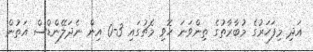
އަދި މިފަހަރުގެ މުބާރާތުގެ ތިންވަނަ ހޮވި މެޗުގައި 3-0 އިން ނެދަލޭންޑްސް އަތުން